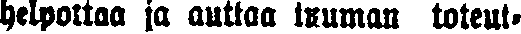
helpottaa ja auttaa tuuman toteut-